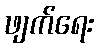
ဖျက်ရေး